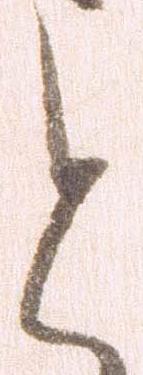
と